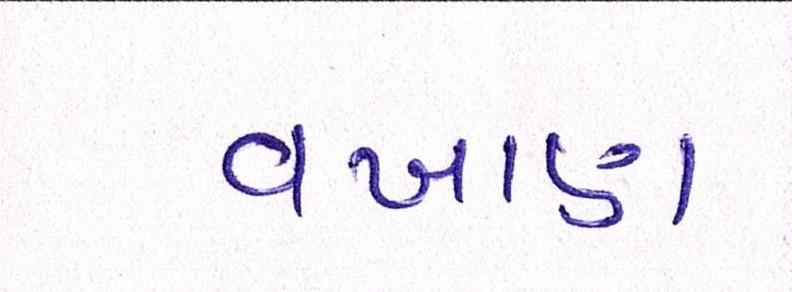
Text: વખાણ